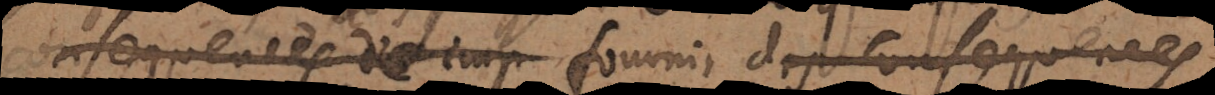
consequences d’imp fournir des consequences